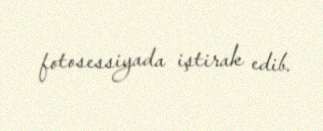
fotosessiyada iştirak edib.